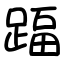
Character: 踾